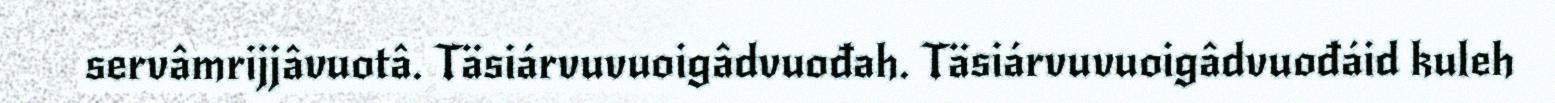
servâmrijjâvuotâ. Täsiárvuvuoigâdvuođah. Täsiárvuvuoigâdvuođáid kuleh